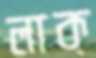
লাক্